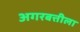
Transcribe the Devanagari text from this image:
अगरबत्तीला